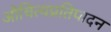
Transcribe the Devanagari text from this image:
औचित्यप्रतिपादन